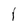
Character: I